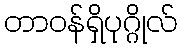
တာဝန်ရှိပုဂ္ဂိုလ်